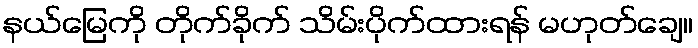
နယ်မြေကို တိုက်ခိုက် သိမ်းပိုက်ထားရန် မဟုတ်ချေ။